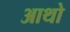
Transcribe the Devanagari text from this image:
आथो